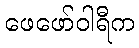
ဖေဖော်ဝါရီက